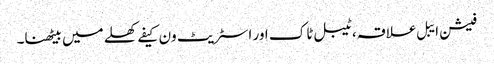
فیشن ایبل علاقہ، ٹیبل ٹاک اور اسٹریٹ ون کیفے کھلے میں بیٹھنا۔